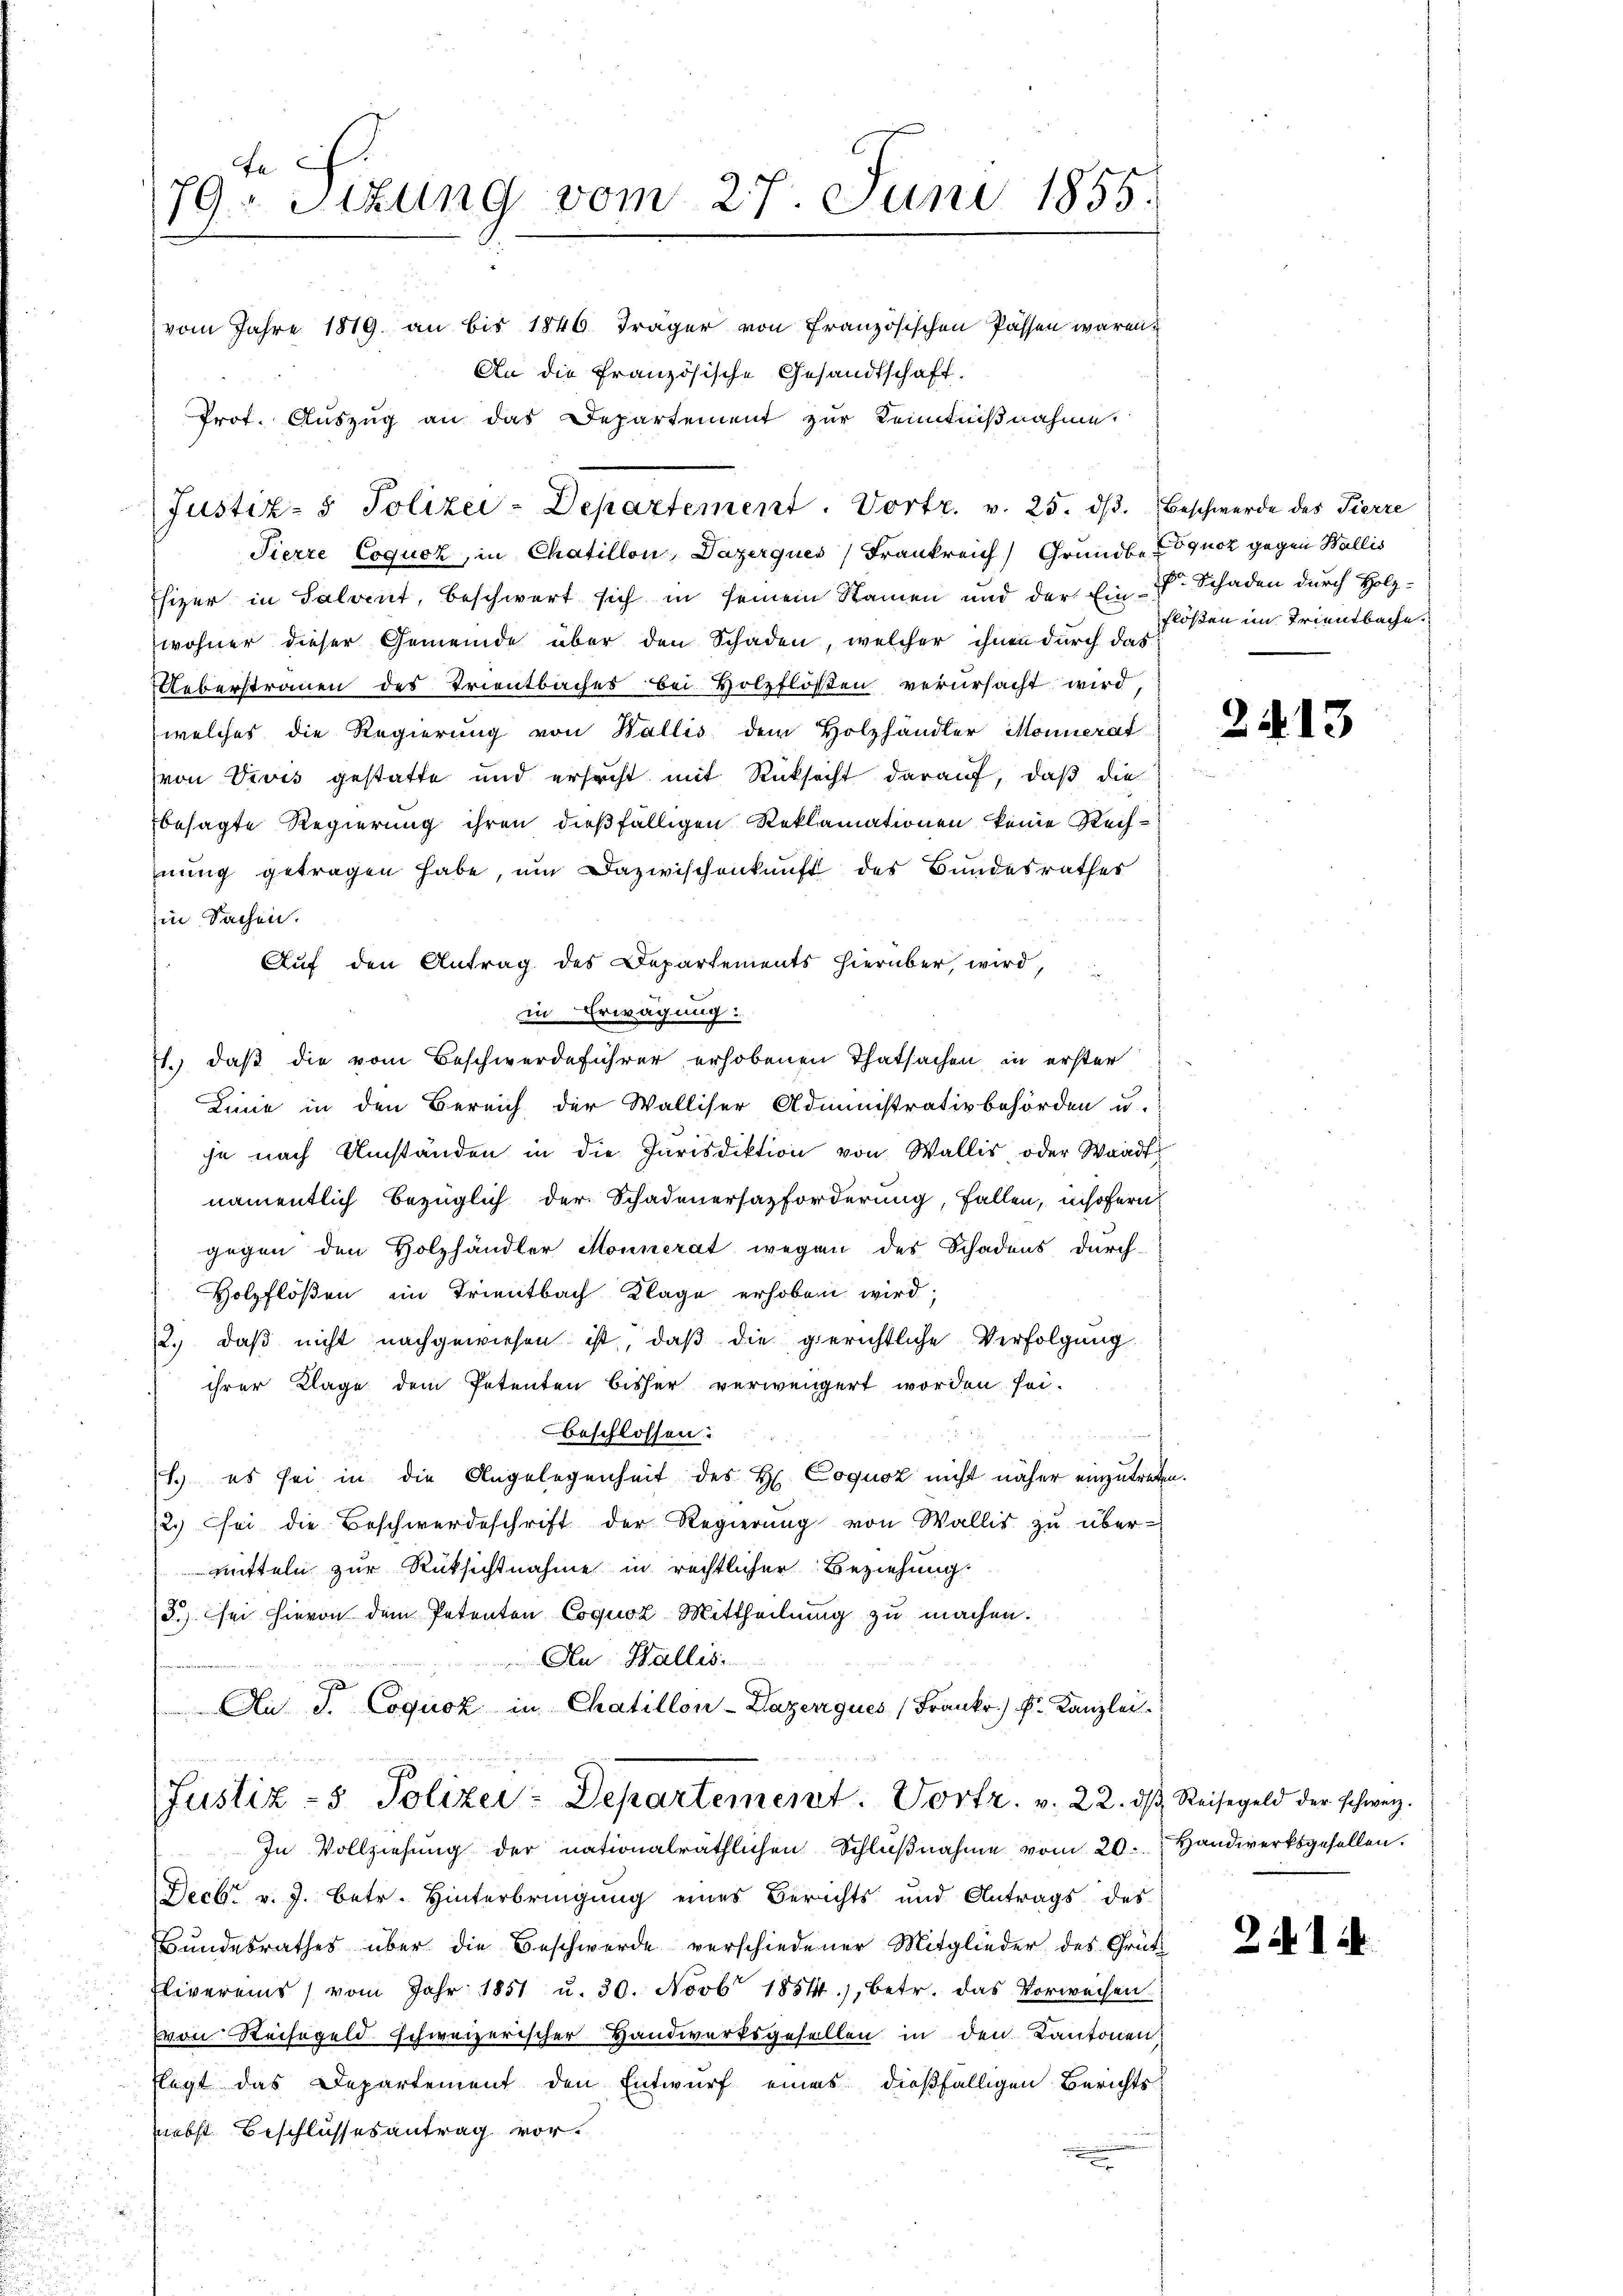
Pierre Coquck, in Chatillon, Dazerques Frankreich Grundbe-quck gegen Wallis
Ehizer in Salvent, beschwert sich in seinem Namen und der Ein Schaden durch Holzwohner dieser Gemeinde über den Schaden, welcher ihnen durch das
Ueberstrauen des Trientbaches bei Holzflößen verursacht wird,
welches die Regierung von Wallis dem Holzhändler Monnerat
von Vivis gestatte und ersucht mit Rücksicht darauf, daß die
besagte Regierung ihren dießfälligen Reklamationen keine Rechnung getragen habe, um Dazwischenkunft des Bundesrathes
in Sachen.
Auf den Antrag des Departements hierüber, wird,
in Erwägung:
Linie in den Bereich der Walliser Administrativbehörden u.
je nach Umständen in die Jurisdiktion von Wallis oder Waadt
namentlich bezüglich der Schadenersazforderung, fallen, insofern
gegen den Holzhändler Monnerat wegen des Schadens durch-
Holzflößen im Trientbach Klage erhoben wird;
2.) daß nicht nachgewiesen ist, daß die gerichtliche Verfolgung
ihrer Klage dem Petenten bisher verwengert worden sei.
beschlossen:
s.) es sei in die Angelegenheit des H Coqusz nicht näher einzutreten.
12.) sei die Beschwerdeschrift der Regierŭng von Wallis zŭ über-
mitteln zur Rüksichtnahme in rechtlicher Beziehung.
3) sei hievon dem Petenten Cognoz Mittheilung zu machen.
An Wallis.
Au S. Coquoz in Chatillon-Dazeniques (Frankr.) Fr. Kanzlei.
Justiz- & Polizei-Departement. Vortr. v. 22. dβ Reisegeld der schweiz.
In Vollziehŭng der nationalräthlichen Schlŭβnahme vom 20. Handwerksgesellen.
Decbr v. J. betr. Hinterbringung eines Berichts und Antrags des
Bundesrathes über die Beschwerde verschiedener Mitglieder des Grütz
Elivereins vom Jahr 1851 u. 30. Novbr 1854), betr. das Vorweisen
von Reisegeld schweizerischer Handwerksgesellen in den Kantonen,
Elegt das Departement den Entwurf eines dießfälligen Berichts
nebst Beschlussesantrag vor.

te
79 Sizung vom 27. Juni 1855.
vom Jahre 1819. an bis 1846 Träger von Französischen Passen waren,
An die französische Gesandtschaft.
Prot. Auszug an das Departement zur Kenntnißnahme.

Justiz- & Polizei-Departement. Vortr. v. 25. dβ. Beschwerde des Fierze

J. daß die vom Beschwerdeführer erhobenen Thatsachen in erster

floßen im Trientbache

2413

Zi. 1.